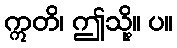
ဣတိ၊ ဤသို့။ ပ။